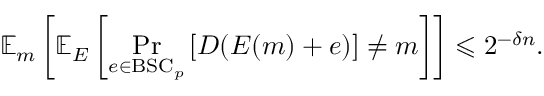
\mathbb { E } _ { m } \left[ \mathbb { E } _ { E } \left[ \operatorname* { P r } _ { e \in { \mathrm { B S C } } _ { p } } \left[ D ( E ( m ) + e ) \right] \neq m \right] \right] \leqslant 2 ^ { - \delta n } .